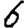
Digit: 6